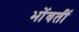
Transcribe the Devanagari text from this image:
भोंवतीं